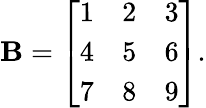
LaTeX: \mathbf{B}={\left[\begin{array}{lll}{1}&{2}&{3}\\ {4}&{5}&{6}\\ {7}&{8}&{9}\end{array}\right]}.